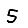
Digit: 5